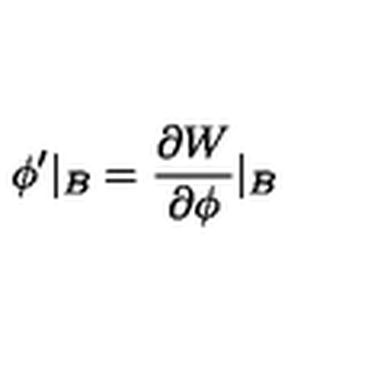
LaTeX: \phi ^ { \prime } \vert _ { B } = \frac { \partial W } { \partial \phi } \vert _ { B }